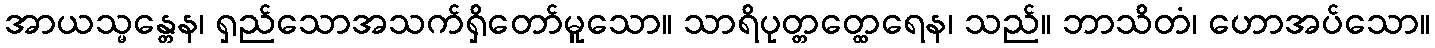
အာယသ္မန္တေန၊ ရှည်သောအသက်ရှိတော်မူသော။ သာရိပုတ္တတ္ထေရေန၊ သည်။ ဘာသိတံ၊ ဟောအပ်သော။